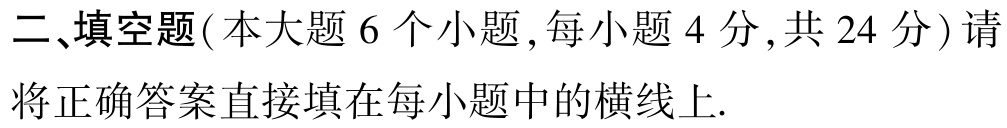
二、填空题(本大题 6 个小题,每小题 4 分,共 24 分) 请将正确答案直接填在每小题中的横线上.